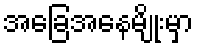
အခြေအနေမျိုးမှာ